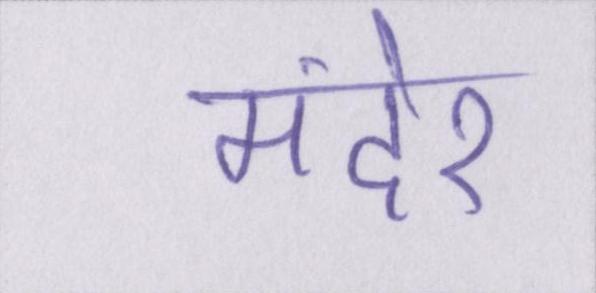
मंदेर